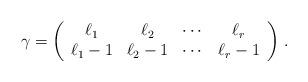
LaTeX: \begin{align*} \gamma=\left( \begin{array}{cccc} \ell_1&\ell_2&\cdots&\ell_r\cr \ell_1-1&\ell_2-1&\cdots&\ell_r-1\cr \end{array} \right)\,.\end{align*}